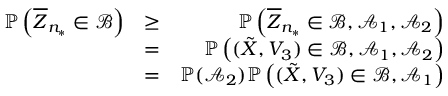
\begin{array} { r l r } { \mathbb P \left( \overline { { Z } } _ { n _ { * } } \in \mathcal B \right) } & { \geq } & { \mathbb P \left( \overline { { Z } } _ { n _ { * } } \in \mathcal B , \mathcal A _ { 1 } , \mathcal A _ { 2 } \right) } \\ & { = } & { \mathbb P \left( ( \tilde { X } , V _ { 3 } ) \in \mathcal B , \mathcal A _ { 1 } , \mathcal A _ { 2 } \right) } \\ & { = } & { \mathbb P ( \mathcal A _ { 2 } ) \mathbb P \left( ( \tilde { X } , V _ { 3 } ) \in \mathcal B , \mathcal A _ { 1 } \right) } \end{array}